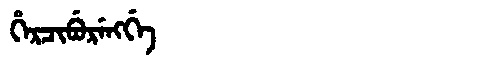
Manchu: ᡥᡝᡵᠴᡳᠪᡠᡵᡝᠩᡤᡝ
Romanization: HERCIBURENGGE